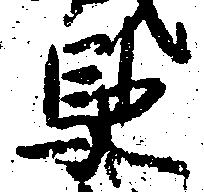
馳